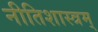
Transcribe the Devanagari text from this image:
नीतिशास्त्रम्‌